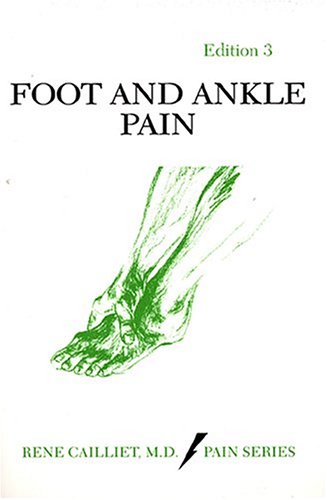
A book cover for Foot and Ankle Pain; Rene Cailliet; Medical Books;